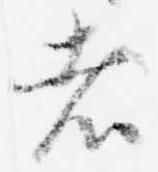
者